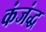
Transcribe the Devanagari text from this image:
कंजंद्ध